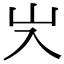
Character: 㞥